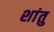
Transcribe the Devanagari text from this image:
शांतु